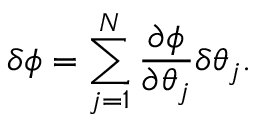
\delta \phi = \sum _ { j = 1 } ^ { N } \frac { \partial \phi } { \partial \theta _ { j } } \delta \theta _ { j } .